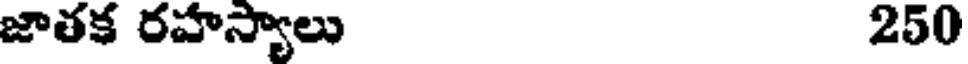
జాతక రహస్యాలు 250